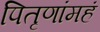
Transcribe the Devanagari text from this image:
पितृणांमहं